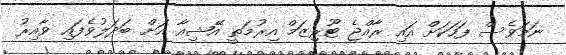
ނަމަވެސް ފަހަކަށް އައި ރާއްޖެ ޓޫރިޒަމް އިރުމަތީ އޭޝިއާ އަށް ބަދަލުވެފައި ވާއިރު